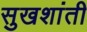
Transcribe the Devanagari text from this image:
सुखशांती